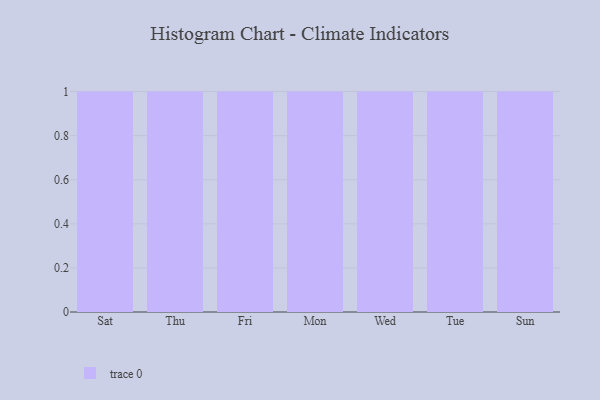
{"axis": {"x": "Day", "y": "Revenue (USD Million)"}, "legend": [""], "data": [{"x": "Sat", "y": 28, "type": ""}, {"x": "Thu", "y": 61, "type": ""}, {"x": "Fri", "y": 26, "type": ""}, {"x": "Mon", "y": 43, "type": ""}, {"x": "Wed", "y": 42, "type": ""}, {"x": "Tue", "y": 5, "type": ""}, {"x": "Sun", "y": 70, "type": ""}]}